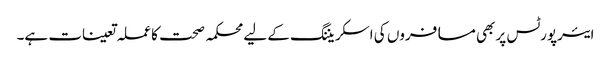
ایئرپورٹس پر بھی مسافروں کی اسکریننگ کے لیے محکمہ صحت کا عملہ تعینات ہے۔